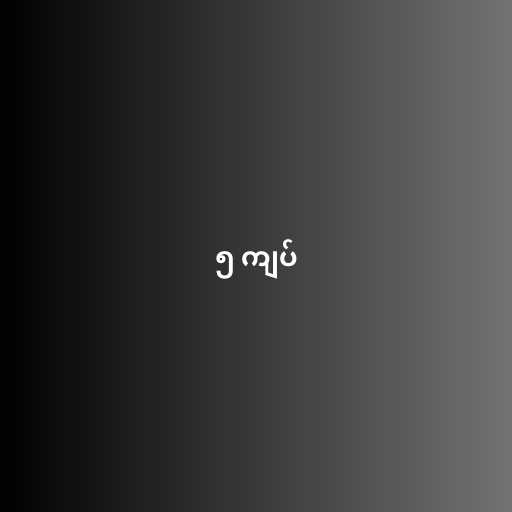
၅ ကျပ်